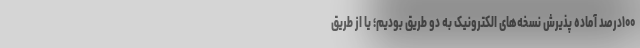
۱۰۰درصد آماده پذیرش نسخه‌های الکترونیک به دو طریق بودیم؛ یا از طریق